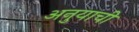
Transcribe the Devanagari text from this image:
अनुयाची